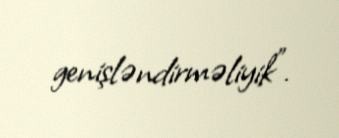
genişləndirməliyik".